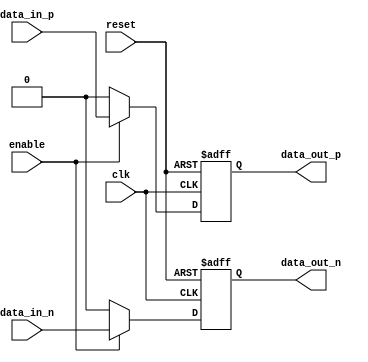
module io_block (
   input wire clk,
   input wire reset,
   input wire data_in_p,
   input wire data_in_n,
   output reg data_out_p,
   output reg data_out_n,
   input wire enable
);

   always @(posedge clk or posedge reset) begin
      if (reset) begin
         data_out_p <= 1'b0;
         data_out_n <= 1'b0;
      end else begin
         if (enable) begin
            data_out_p <= data_in_p;
            data_out_n <= data_in_n;
         end else begin
            data_out_p <= 1'b0;
            data_out_n <= 1'b0;
         end
      end
   end

endmodule